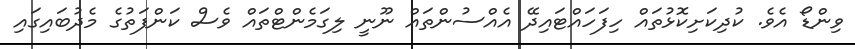
ވިންޑޯ އެވެ. ކުދިކަށިކޮޅުތައް ހިފަހައްޓައިދޭ އެއްސުންތައް ނޫނީ ލިގަމެންޓްތައް ވެސް ކަންފަތުގެ މެދުބައިގައި